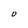
Character: O